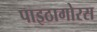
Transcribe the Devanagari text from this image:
पाइठागोरस